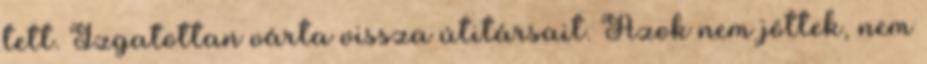
tett. Izgatottan várta vissza útitársait. Azok nem jöttek, nem